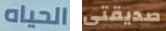
الحياه صديقتى